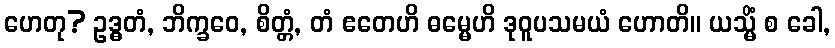
ဟေတု? ဥဒ္ဓတံ, ဘိက္ခဝေ, စိတ္တံ, တံ ဧတေဟိ ဓမ္မေဟိ ဒုဝူပသမယံ ဟောတိ။ ယသ္မိံ စ ခေါ,